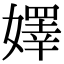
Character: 嬕